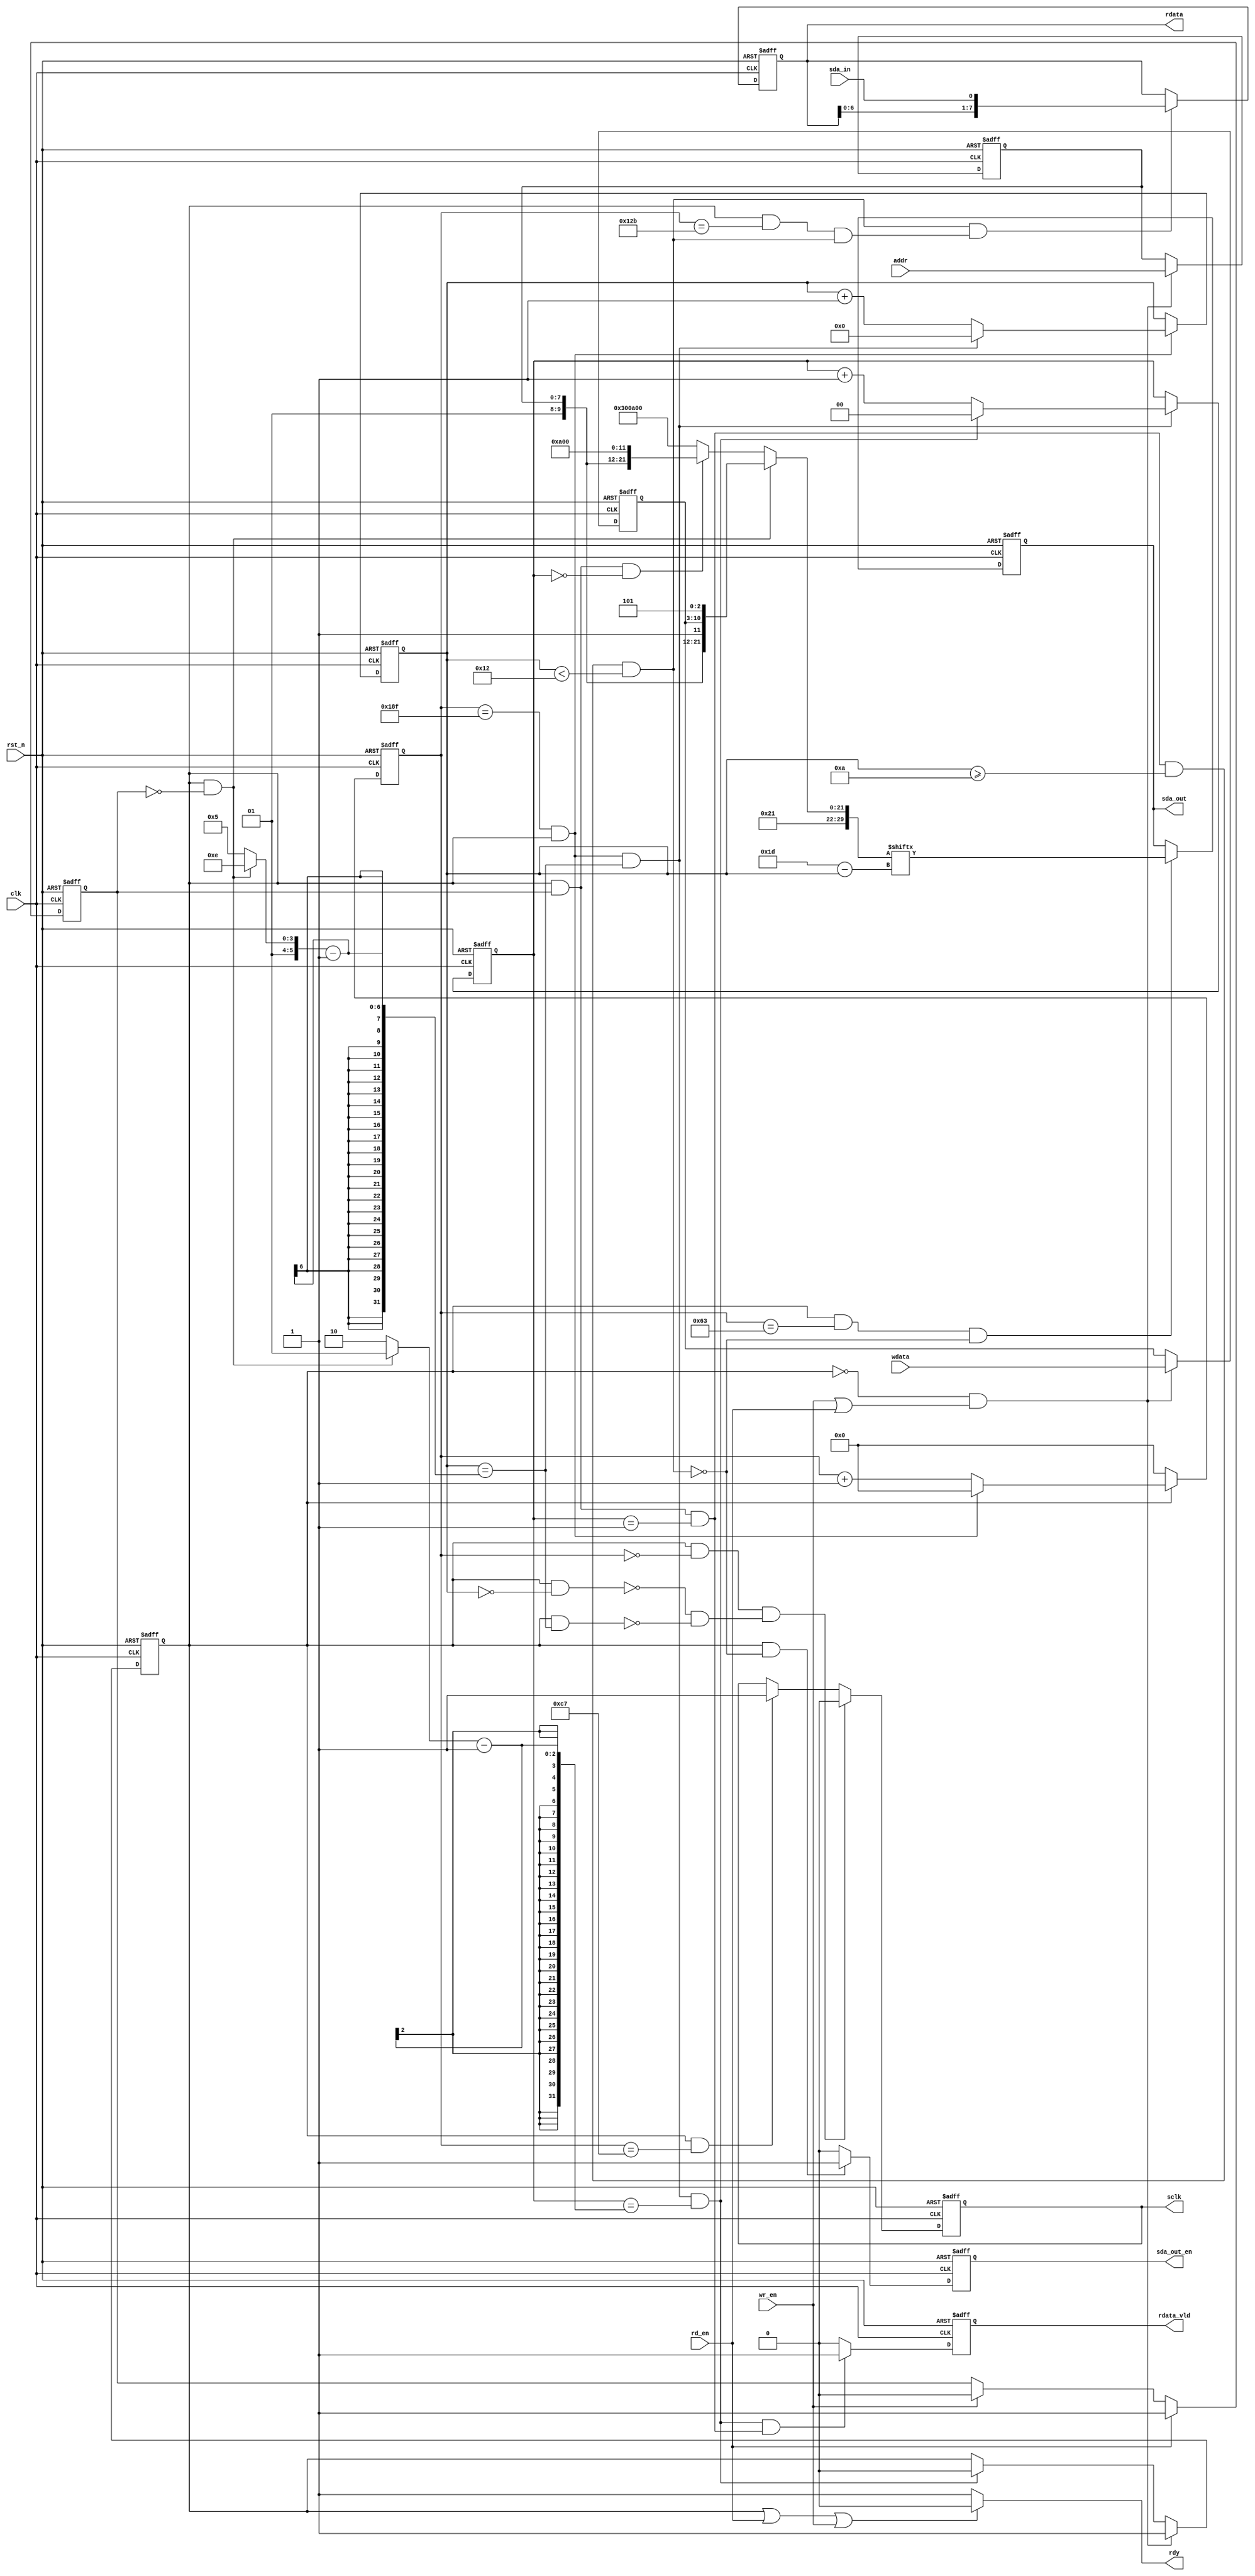
module sccb(
    clk         ,
    rst_n       ,
    addr        ,
    wr_en       ,
    wdata       ,
    rd_en       ,
    rdata       ,
    rdata_vld   ,
    rdy         ,  
    sclk        ,
    sda_out     ,
    sda_out_en  ,
    sda_in        
    );

    //
    parameter     IDWADD         =  8'h42;
    parameter     IDRADD         =  8'h43;
    parameter     SCLK_TIME      =  400  ;
    parameter     SCLK_HALF_TIME =  SCLK_TIME/2  ;
    parameter     SCLK_W_TIME    =  SCLK_TIME/4  ;
    parameter     SCLK_R_TIME    =  (SCLK_TIME/4)*3 ;

    //
    input               clk      ;
    input               rst_n    ;
    input [7:0]         addr     ;
    input [7:0]         wdata    ;
    input               wr_en    ;
    input               rd_en    ;
    input               sda_in   ;
    output[7:0]         rdata    ;
    output              rdata_vld;
    output              rdy      ;
    output              sda_out  ;
    output              sda_out_en;
    output              sclk     ;
    
    reg   [7:0]         rdata    ;
    reg                 rdata_vld;
    reg                 rdy      ;
    reg                 sda_out  ;
    reg                 sda_out_en;
    reg                 sclk     ;

    reg [8:0]           sclk_cnt  ;
    reg [5:0]           byte_cnt  ;
    reg [1:0]           step_cnt ;
    reg                 work_flag;
    reg [5:0]           byte_num/*synthesis keep*/;
    reg                 rd_flag ;
    reg [7:0]           subadd  ;
    reg [7:0]           wdata_ff0;
    wire                add_sclk;
    wire                end_sclk;
    wire                add_byte;
    wire                end_byte;
    wire                add_step;
    wire                end_step;
    reg [29:0]          wdata_tmp;
    reg [1:0]           step_num;

    wire                wr_state    ; 
    wire                rd_state    ; 
    wire                rd_0_state  ; 
    wire                rd_1_state  ; 
    wire                rd_get_state; 
    wire                en;
    wire                start_area;
    wire                stop_area ;
    wire                sclk_h2l  ;
    wire                sclk_l2h  ;
    wire                sda_send;
    wire                sda_get ;


    assign  add_sclk = work_flag;
    assign  end_sclk = sclk_cnt==SCLK_TIME-1 && work_flag;
    always@(posedge clk or negedge rst_n)begin
        if(rst_n==1'b0)begin
            sclk_cnt <= 0;
        end
        else if(work_flag) begin
            if(end_sclk)
                sclk_cnt <= 0;
            else
                sclk_cnt <= sclk_cnt + 1;
        end
        else begin
            sclk_cnt <= 0;
        end
    end



    assign add_byte     = end_sclk;
    assign end_byte     = add_byte && byte_cnt==byte_num-1;

    always  @(posedge clk or negedge rst_n)begin
        if(rst_n==1'b0)begin
            byte_cnt  <= 0;
        end
        else if(add_byte) begin
            if(end_byte) 
                byte_cnt <= 0;
            else 
                byte_cnt <= byte_cnt + 1;
        end
    end


    assign  add_step = end_byte; 
    assign  end_step = add_step && step_cnt==step_num-1;
    always  @(posedge clk or negedge rst_n)begin
        if(rst_n==1'b0)begin
            step_cnt <= 0;
        end
        else if(add_step)begin
            if(end_step)
                step_cnt <= 0;
            else 
                step_cnt <= step_cnt + 1;
        end
    end

    assign en = work_flag==1'b0 && (wr_en || rd_en);


    always  @(posedge clk or negedge rst_n)begin
        if(rst_n==1'b0)begin
            work_flag <= 1'b0;
        end
        else if(en) begin
            work_flag <= 1'b1;
        end
        else if(end_step)begin
            work_flag <= 1'b0;
        end
    end

    always  @(posedge clk or negedge rst_n)begin
        if(rst_n==1'b0)begin
            rd_flag <= 1'b0;
        end
        else if(rd_en) begin
            rd_flag <= 1'b1;
        end
        else if(wr_en)begin
            rd_flag <= 1'b0;
        end
    end

    




    assign  wr_state     = work_flag && rd_flag==1'b0;
    assign  rd_state     = work_flag && rd_flag;
    assign  rd_0_state   = rd_state && step_cnt==0;
    assign  rd_1_state   = rd_state && step_cnt==1;
    assign  rd_get_state = rd_1_state && byte_cnt >=10 && byte_cnt<18;

    always  @(posedge clk or negedge rst_n)begin
        if(rst_n==1'b0)begin
            subadd    <=0;
            wdata_ff0 <= 0;
        end
        else if(en) begin
            subadd    <= addr;
            wdata_ff0 <= wdata;
        end
    end


    always  @(*)begin
        if(wr_state)begin
            wdata_tmp = {1'b0,IDWADD,1'b1,subadd,1'b1,wdata_ff0,1'b1,1'b0,1'b1};
            byte_num  = 30;
            step_num  = 1;
        end
        else if(rd_0_state)begin
            wdata_tmp = {1'b0,IDWADD,1'b1,subadd,1'b1,1'b0,1'b1,9'b0};
            byte_num  = 21;
            step_num  = 2;
        end
        else begin 
            wdata_tmp = {1'b0,IDRADD,1'b1,8'b0,  1'b1,1'b0,1'b1,9'b0};
            byte_num  = 21;
            step_num  = 2;
        end
    end



    assign  start_area = add_sclk && byte_cnt==0;
    assign  stop_area  = add_sclk && byte_cnt==byte_num-1;

    assign  sclk_h2l   = add_sclk && sclk_cnt==0 && ((!start_area) && (!stop_area));
    assign  sclk_l2h   = add_sclk && sclk_cnt==SCLK_HALF_TIME-1;


    always  @(posedge clk or negedge rst_n)begin
        if(rst_n==1'b0)begin
            sclk <= 1'b1;
        end
        else if(sclk_h2l) begin
            sclk <= 1'b0;
        end
        else if(sclk_l2h)begin
            sclk <= 1'b1;
        end
    end



    assign  sda_send = add_sclk && sclk_cnt==SCLK_W_TIME-1 && rd_get_state==1'b0;
    assign  sda_get  = add_sclk && sclk_cnt==SCLK_R_TIME-1 && rd_get_state;

    always  @(posedge clk or negedge rst_n)begin
        if(rst_n==1'b0)begin
            sda_out <= 1'b1;
        end
        else if(sda_send)begin
            sda_out <= wdata_tmp[29-byte_cnt];
        end
    end

    always  @(posedge clk or negedge rst_n)begin
        if(rst_n==1'b0)begin
            sda_out_en <= 1'b0;
        end
        else if(work_flag && rd_get_state==1'b0) begin
            sda_out_en <= 1'b1;
        end
        else begin
            sda_out_en <= 1'b0;
        end
    end


    always  @(posedge clk or negedge rst_n)begin
        if(rst_n==1'b0)begin
            rdata <= 1'b0;
        end
        else if(rd_get_state && sda_get) begin
            rdata <= {rdata[6:0],sda_in};
        end
    end

    always  @(posedge clk or negedge rst_n)begin
        if(rst_n==1'b0)begin
            rdata_vld <= 1'b0;
        end
        else if(end_step && rd_1_state) begin
            rdata_vld <= 1'b1;
        end
        else begin
            rdata_vld <= 1'b0;
        end
    end

    always  @(*)begin
        if(work_flag || rd_en || wr_en)
            rdy = 1'b0;
        else
            rdy = 1'b1;
    end


endmodule